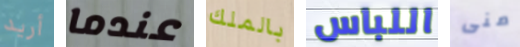
أريد عندما بالملك اللباس منى